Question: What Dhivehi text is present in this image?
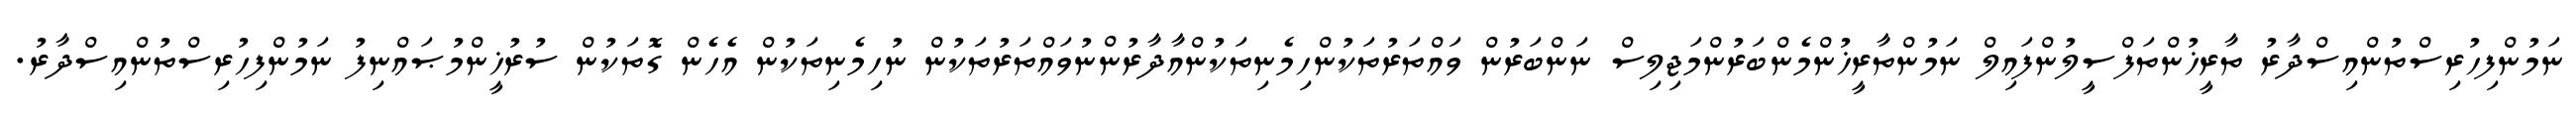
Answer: ނަމުންފިހުރިސްތުންއިސްދާރު ތާރީޚުންތަފްސީލުންފައިލް ނަމުންތާރީޚުންމެންބަރުންމަޖިލިސް ނަންބަރުން ވައްތަރުތަކުންހިމެނިތަކުންއާދާރުންނުވައްތަރުތަކުން ނުހިމެނިތަކުން އެހެން ގޮތަކުން ސުރުޚީންމުޞައްނިފު ނަމުންފިހުރިސްތުންއިސްދާރު.